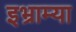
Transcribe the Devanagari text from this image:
इभ्राम्या